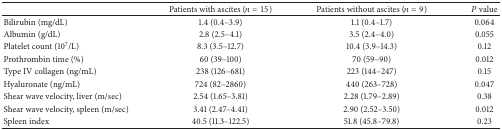
|  | Patients with ascites (n = 15) | Patients without ascites (n = 9) | P value |
 | --- | --- | --- | --- |
 | Bilirubin (mg/dL) | 1.4 (0.4–3.9) | 1.1 (0.4–1.7) | 0.064 |
 | Albumin (g/dL) | 2.8 (2.5–4.1) | 3.5 (2.4–4.0) | 0.055 |
 | Platelet count (107/L) | 8.3 (3.5–12.7) | 10.4 (3.9–14.3) | 0.12 |
 | Prothrombin time (%) | 60 (39–100) | 70 (59–90) | 0.012 |
 | Type IV collagen (ng/mL) | 238 (126–681) | 223 (144–247) | 0.15 |
 | Hyaluronate (ng/mL) | 724 (82–2860) | 440 (263–728) | 0.047 |
 | Shear wave velocity, liver (m/sec) | 2.54 (1.65–3.81) | 2.28 (1.79–2.89) | 0.38 |
 | Shear wave velocity, spleen (m/sec) | 3.41 (2.47–4.41) | 2.90 (2.52–3.50) | 0.012 |
 | Spleen index | 40.5 (11.3–122.5) | 51.8 (45.8–79.8) | 0.23 |